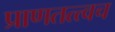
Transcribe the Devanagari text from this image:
प्राणतत्त्वच